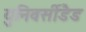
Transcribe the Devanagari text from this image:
युनिवर्सीडैड